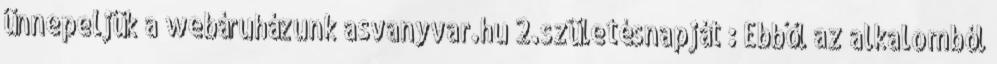
ünnepeljük a webáruházunk asvanyvar.hu 2.születésnapját : Ebből az alkalomból